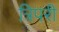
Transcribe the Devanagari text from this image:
त्रिपरी